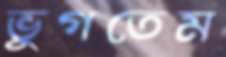
ভুগতেম